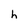
Character: h